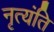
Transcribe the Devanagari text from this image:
नृत्यंति